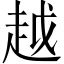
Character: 越